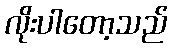
လိုးပါတော့သည်